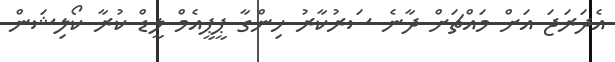
އެދަރަޖަ އަށް މައްޗަށް ދާނެ ސަރުކާރު ހިންގާ ޕީޕީއެމް ލީޑް ކުރާ ކޯލިޝަން